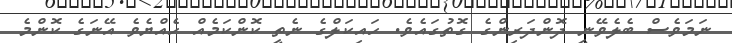
ނަމަވެސް ބެލެވޭނީ ދޮންދަރިންގެ ގޮތުގައެވެ. ހައިކަލްގެ ނެތީ ކޮންކަމެއް ހެއްޔެވެ އޭނަގެ ކޮންމެ